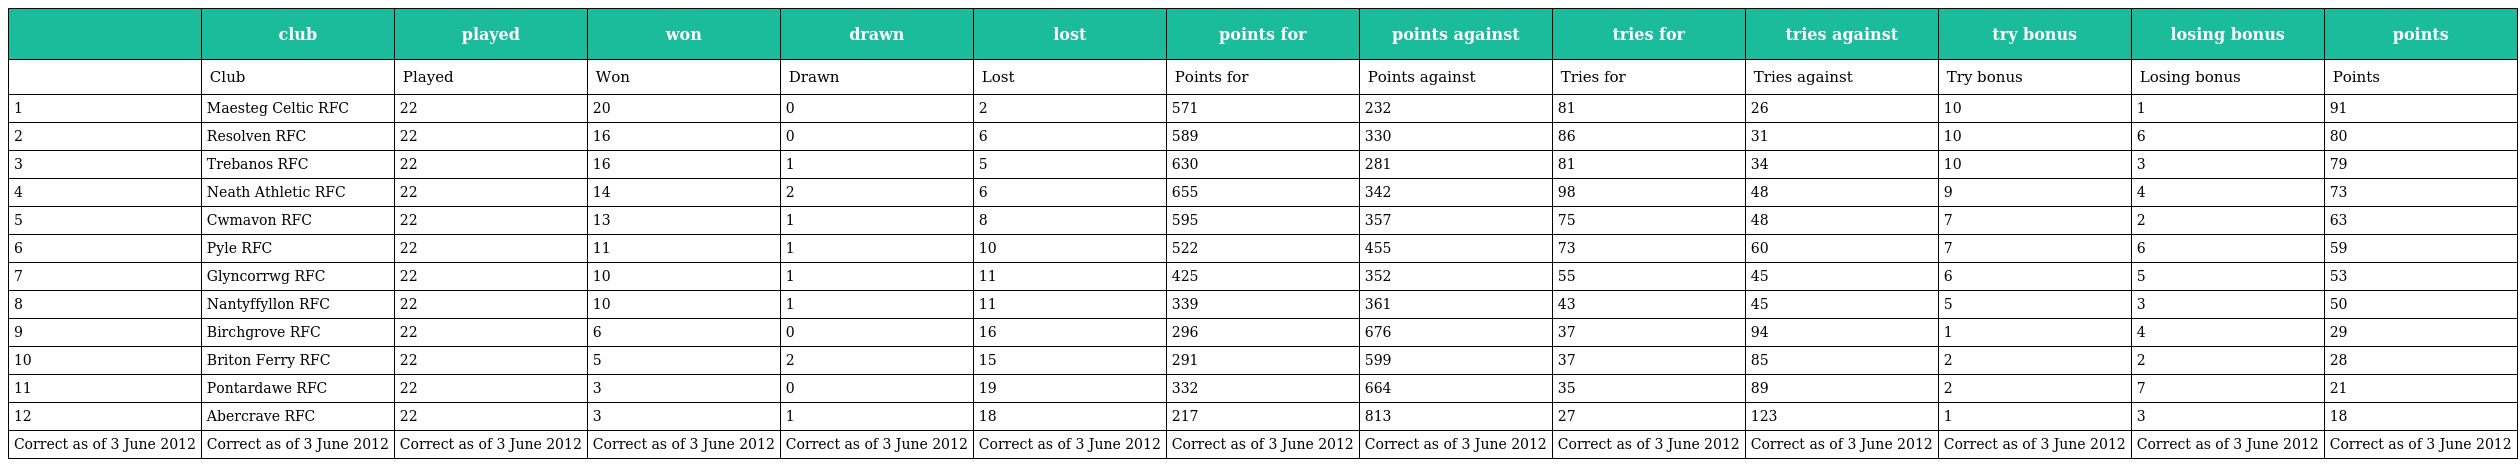
|  | club | played | won | drawn | lost | points for | points against | tries for | tries against | try bonus | losing bonus | points |
 | --- | --- | --- | --- | --- | --- | --- | --- | --- | --- | --- | --- | --- |
 |  | Club | Played | Won | Drawn | Lost | Points for | Points against | Tries for | Tries against | Try bonus | Losing bonus | Points |
 | 1 | Maesteg Celtic RFC | 22 | 20 | 0 | 2 | 571 | 232 | 81 | 26 | 10 | 1 | 91 |
 | 2 | Resolven RFC | 22 | 16 | 0 | 6 | 589 | 330 | 86 | 31 | 10 | 6 | 80 |
 | 3 | Trebanos RFC | 22 | 16 | 1 | 5 | 630 | 281 | 81 | 34 | 10 | 3 | 79 |
 | 4 | Neath Athletic RFC | 22 | 14 | 2 | 6 | 655 | 342 | 98 | 48 | 9 | 4 | 73 |
 | 5 | Cwmavon RFC | 22 | 13 | 1 | 8 | 595 | 357 | 75 | 48 | 7 | 2 | 63 |
 | 6 | Pyle RFC | 22 | 11 | 1 | 10 | 522 | 455 | 73 | 60 | 7 | 6 | 59 |
 | 7 | Glyncorrwg RFC | 22 | 10 | 1 | 11 | 425 | 352 | 55 | 45 | 6 | 5 | 53 |
 | 8 | Nantyffyllon RFC | 22 | 10 | 1 | 11 | 339 | 361 | 43 | 45 | 5 | 3 | 50 |
 | 9 | Birchgrove RFC | 22 | 6 | 0 | 16 | 296 | 676 | 37 | 94 | 1 | 4 | 29 |
 | 10 | Briton Ferry RFC | 22 | 5 | 2 | 15 | 291 | 599 | 37 | 85 | 2 | 2 | 28 |
 | 11 | Pontardawe RFC | 22 | 3 | 0 | 19 | 332 | 664 | 35 | 89 | 2 | 7 | 21 |
 | 12 | Abercrave RFC | 22 | 3 | 1 | 18 | 217 | 813 | 27 | 123 | 1 | 3 | 18 |
 | Correct as of 3 June 2012 | Correct as of 3 June 2012 | Correct as of 3 June 2012 | Correct as of 3 June 2012 | Correct as of 3 June 2012 | Correct as of 3 June 2012 | Correct as of 3 June 2012 | Correct as of 3 June 2012 | Correct as of 3 June 2012 | Correct as of 3 June 2012 | Correct as of 3 June 2012 | Correct as of 3 June 2012 | Correct as of 3 June 2012 |